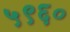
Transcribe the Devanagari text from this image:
५९६०